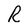
Character: R